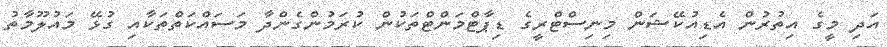
އަދި މީގެ އިތުރުން އެޑިއުކޭޝަން މިނިސްޓްރީގެ ޑިޕާޓްމަންޓްތަކުން ކުރަމުންގެންދާ މަސައްކަތްތަކާއި ގުޅޭ މައުލޫމާތު